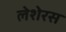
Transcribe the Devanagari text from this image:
लेशेरस